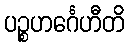
ပဉ္စဟင်္ဂေဟီတိ